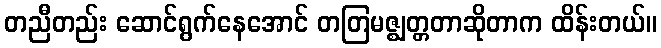
တညီတည်း ဆောင်ရွက်နေအောင် တတြမဇ္ဈတ္တတာဆိုတာက ထိန်းတယ်။